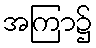
အကြာ၌